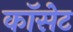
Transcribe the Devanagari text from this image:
कॉसेट